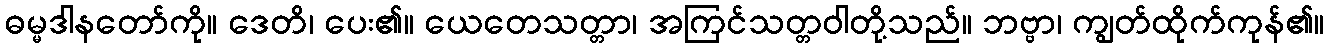
ဓမ္မဒါနတော်ကို။ ဒေတိ၊ ပေး၏။ ယေတေသတ္တာ၊ အကြင်သတ္တဝါတို့သည်။ ဘဗ္ဗာ၊ ကျွတ်ထိုက်ကုန်၏။